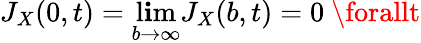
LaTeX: J_{X}(0,t)=\operatorname*{l\mathbf{i}m}_{b\rightarrow\infty}J_{X}(b,t)=0\ \forallt